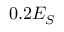
0 . 2 E _ { S }